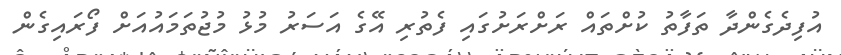
އުފިދެގެންދާ ތަފާތު ކުށްތައް ރަށްރަށުގައި ފެތުރި އޭގެ އަސަރު މުޅު މުޖުތަމައުއަށް ފޯރައިގެން